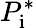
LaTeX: P_{\textrm{i}}^{*}